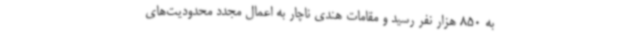
به 850 هزار نفر رسید و مقامات هندی ناچار به اعمال مجدد محدودیت‌های